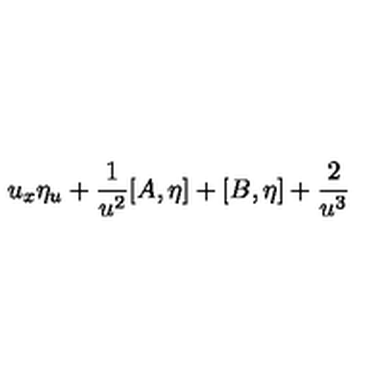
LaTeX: u _ { x } \eta _ { u } + \frac { 1 } { u ^ { 2 } } [ A , \eta ] + [ B , \eta ] + \frac { 2 } { u ^ { 3 } }